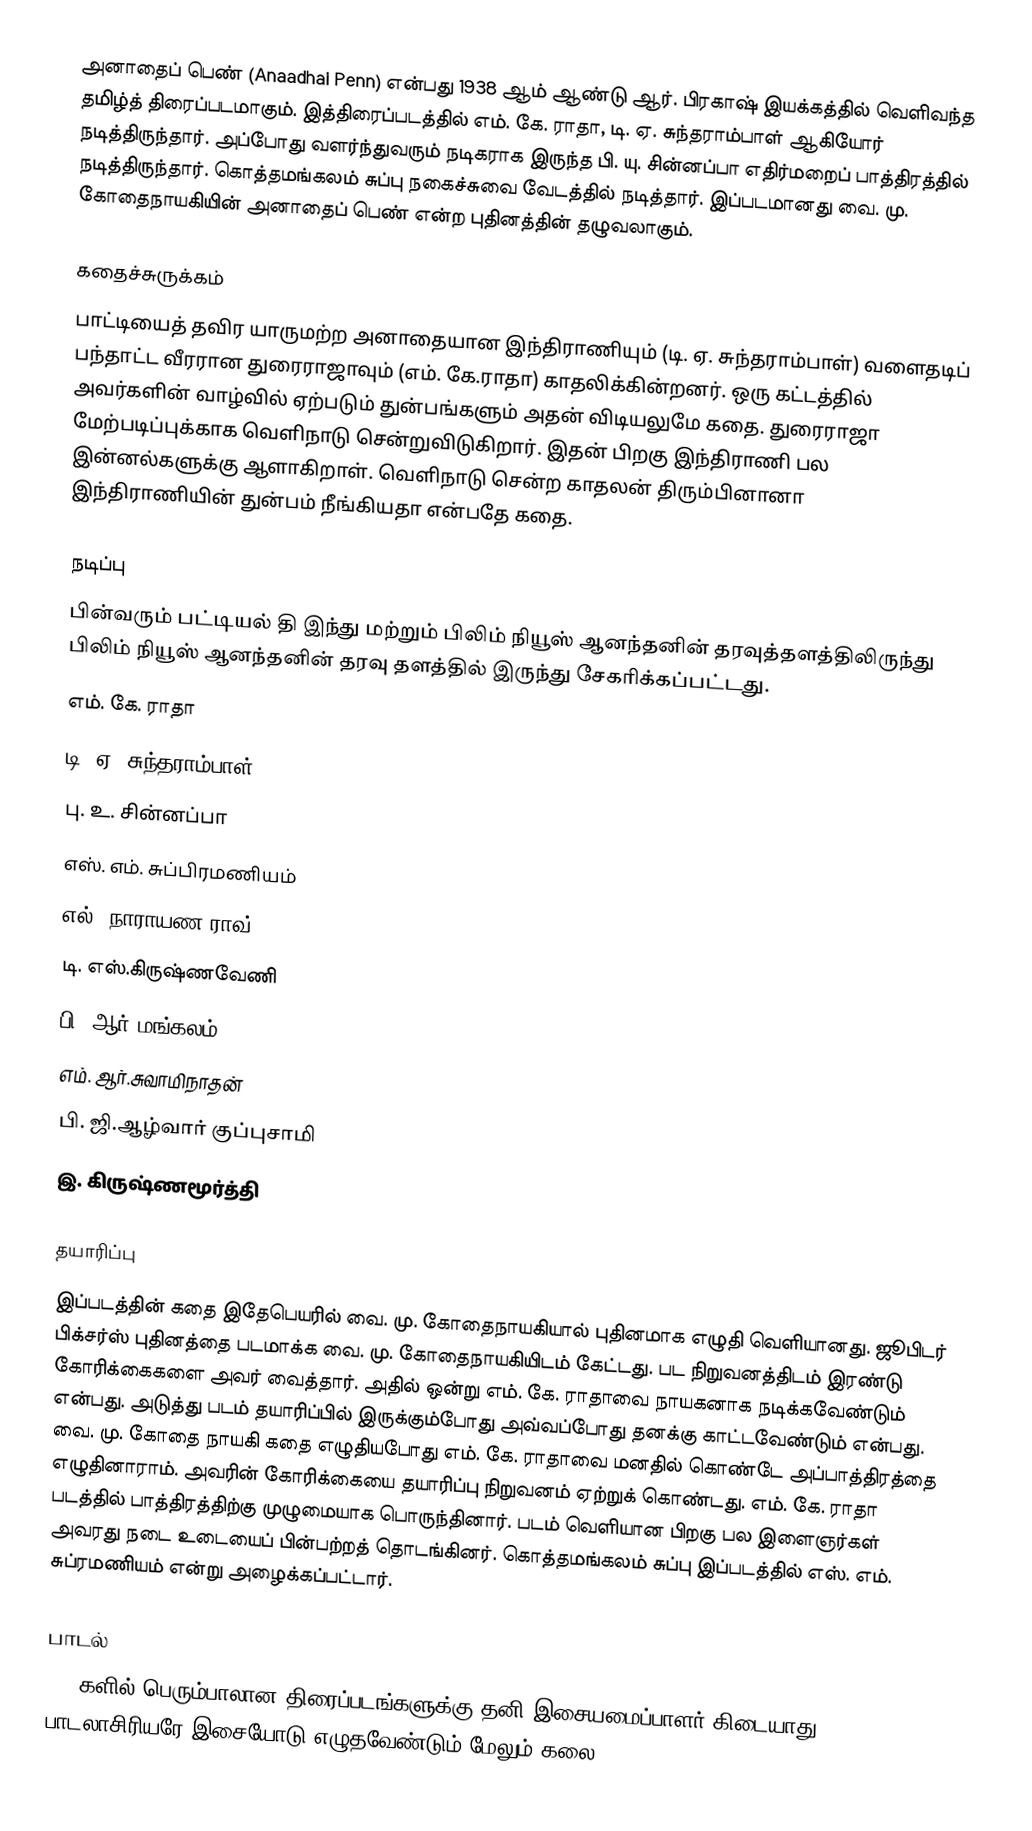
அனாதைப் பெண் (Anaadhai Penn) என்பது 1938 ஆம் ஆண்டு ஆர். பிரகாஷ் இயக்கத்தில் வெளிவந்த தமிழ்த் திரைப்படமாகும். இத்திரைப்படத்தில் எம். கே. ராதா, டி. ஏ. சுந்தராம்பாள் ஆகியோர் நடித்திருந்தார். அப்போது வளர்ந்துவரும் நடிகராக இருந்த பி. யு. சின்னப்பா எதிர்மறைப் பாத்திரத்தில் நடித்திருந்தார். கொத்தமங்கலம் சுப்பு நகைச்சுவை வேடத்தில் நடித்தார். இப்படமானது வை. மு. கோதைநாயகியின் அனாதைப் பெண் என்ற புதினத்தின் தழுவலாகும்.

கதைச்சுருக்கம்
பாட்டியைத் தவிர யாருமற்ற அனாதையான இந்திராணியும் (டி. ஏ. சுந்தராம்பாள்) வளைதடிப் பந்தாட்ட வீரரான துரைராஜாவும் (எம். கே.ராதா) காதலிக்கின்றனர். ஒரு கட்டத்தில் அவர்களின் வாழ்வில் ஏற்படும் துன்பங்களும் அதன் விடியலுமே கதை. துரைராஜா மேற்படிப்புக்காக வெளிநாடு சென்றுவிடுகிறார். இதன் பிறகு இந்திராணி பல இன்னல்களுக்கு ஆளாகிறாள். வெளிநாடு சென்ற காதலன் திரும்பினானா இந்திராணியின் துன்பம் நீங்கியதா என்பதே கதை.

நடிப்பு
பின்வரும் பட்டியல் தி இந்து மற்றும் பிலிம் நியூஸ் ஆனந்தனின் தரவுத்தளத்திலிருந்து பிலிம் நியூஸ் ஆனந்தனின் தரவு தளத்தில் இருந்து சேகரிக்கப்பட்டது.
எம். கே. ராதா
டி. ஏ. சுந்தராம்பாள்
பு. உ. சின்னப்பா
எஸ். எம். சுப்பிரமணியம்
எல். நாராயண ராவ்
டி. எஸ்.கிருஷ்ணவேணி
பி. ஆர்.மங்கலம்
எம். ஆர்.சுவாமிநாதன்
பி. ஜி.ஆழ்வார் குப்புசாமி
இ. கிருஷ்ணமூர்த்தி

தயாரிப்பு
இப்படத்தின் கதை இதேபெயரில் வை. மு. கோதைநாயகியால் புதினமாக எழுதி வெளியானது. ஜூபிடர் பிக்சர்ஸ் புதினத்தை படமாக்க வை. மு. கோதைநாயகியிடம் கேட்டது. பட நிறுவனத்திடம் இரண்டு கோரிக்கைகளை அவர் வைத்தார். அதில் ஒன்று எம். கே. ராதாவை நாயகனாக நடிக்கவேண்டும் என்பது. அடுத்து படம் தயாரிப்பில் இருக்கும்போது அவ்வப்போது தனக்கு காட்டவேண்டும் என்பது. வை. மு. கோதை நாயகி கதை எழுதியபோது எம். கே. ராதாவை மனதில் கொண்டே அப்பாத்திரத்தை எழுதினாராம். அவரின் கோரிக்கையை தயாரிப்பு நிறுவனம் ஏற்றுக் கொண்டது. எம். கே. ராதா படத்தில் பாத்திரத்திற்கு முழுமையாக பொருந்தினார். படம் வெளியான பிறகு பல இளைஞர்கள் அவரது நடை உடையைப் பின்பற்றத் தொடங்கினர். கொத்தமங்கலம் சுப்பு இப்படத்தில் எஸ். எம். சுப்ரமணியம் என்று அழைக்கப்பட்டார்.

பாடல்
1930களில் பெரும்பாலான திரைப்படங்களுக்கு தனி இசையமைப்பாளர் கிடையாது. பாடலாசிரியரே இசையோடு எழுதவேண்டும்  மேலும் கலை